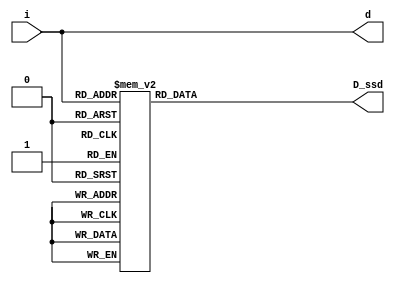
//define segment codes
`define SS_0 8'b00000011
`define SS_1 8'b10011111
`define SS_2 8'b00100101
`define SS_3 8'b00001101
`define SS_4 8'b10011001
`define SS_5 8'b01001001
`define SS_6 8'b01000001
`define SS_7 8'b00011111
`define SS_8 8'b00000001
`define SS_9 8'b00001001
`define SS_a 8'b00010001
`define SS_b 8'b11000001
`define SS_c 8'b11100101
`define SS_d 8'b10000101
`define SS_e 8'b01100001
`define SS_f 8'b01110001

module display(D_ssd, d, i);
output [7:0] D_ssd;
output [3:0] d;
input [3:0] i;
reg [7:0] D_ssd;
reg [3:0] d;

always @*
    d = i;

always @*
    case(i)
        4'h0:D_ssd = `SS_0;
        4'h1:D_ssd = `SS_1;
        4'h2:D_ssd = `SS_2;
        4'h3:D_ssd = `SS_3;
        4'h4:D_ssd = `SS_4;
        4'h5:D_ssd = `SS_5;
        4'h6:D_ssd = `SS_6;
        4'h7:D_ssd = `SS_7;
        4'h8:D_ssd = `SS_8;
        4'h9:D_ssd = `SS_9;
        4'ha:D_ssd = `SS_a;
        4'hb:D_ssd = `SS_b;
        4'hc:D_ssd = `SS_c;
        4'hd:D_ssd = `SS_d;
        4'he:D_ssd = `SS_e;
        4'hf:D_ssd = `SS_f;
        default: D_ssd = 8'b01110001;
    endcase
endmodule